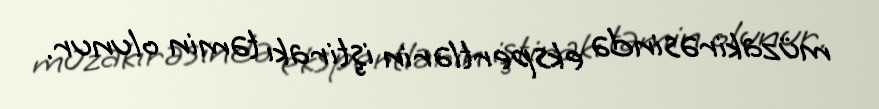
müzakirəsində ekspertlərin iştirakı təmin olunur.